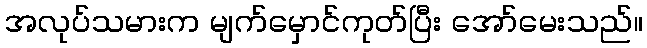
အလုပ်သမားက မျက်မှောင်ကုတ်ပြီး အော်မေးသည်။